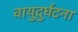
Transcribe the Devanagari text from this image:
वायुदुर्घटना